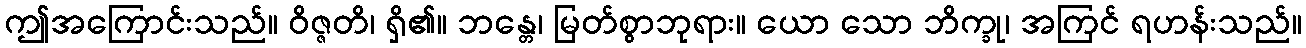
ဤအကြောင်းသည်။ ဝိဇ္ဇတိ၊ ရှိ၏။ ဘန္တေ၊ မြတ်စွာဘုရား။ ယော သော ဘိက္ခု၊ အကြင် ရဟန်းသည်။